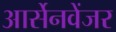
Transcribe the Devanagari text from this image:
आर्सेनवेंजर